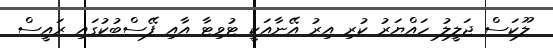
ލޫކަސް ޖަލީލު ހައްޔަރު ކުރި އިރު އޭނާއަކީ ޓުވިޓާ އާއި ފޭސްބުކުގައި ރައީސް